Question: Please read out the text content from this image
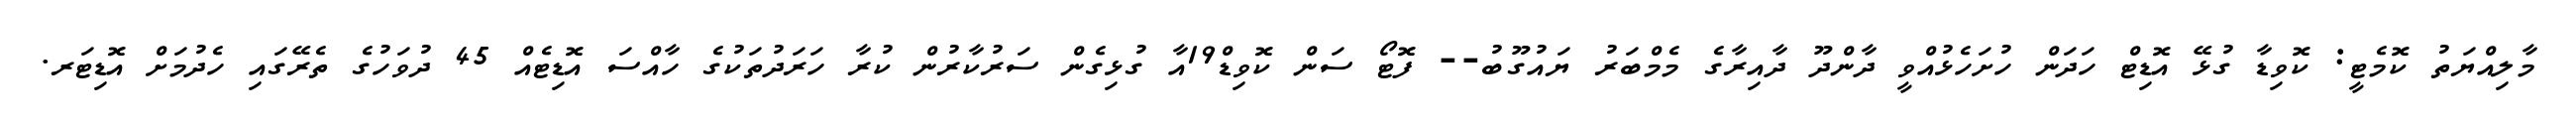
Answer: މާލިއްޔަތު ކޮމެޓީ: ކޮވިޑާ ގުޅޭ އޮޑިޓް ހަދަން ހުށަހެޅުއްވީ ދާންދޫ ދާއިރާގެ މެމްބަރު ޔައުގޫބު-- ފޮޓޯ ސަން ކޮވިޑް19އާ ގުޅިގެން ސަރުކާރުން ކުރާ ހަރަދުތަކުގެ ހާއްސަ އޮޑިޓެއް 45 ދުވަހުގެ ތެރޭގައި ހެދުމަށް އޮޑިޓަރ.